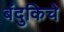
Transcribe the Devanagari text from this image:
बंदुकिचे